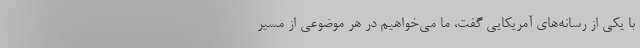
با یکی از رسانه‌های آمریکایی گفت، ما می‌خواهیم در هر موضوعی از مسیر